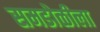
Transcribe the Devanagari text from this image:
समडोळीला